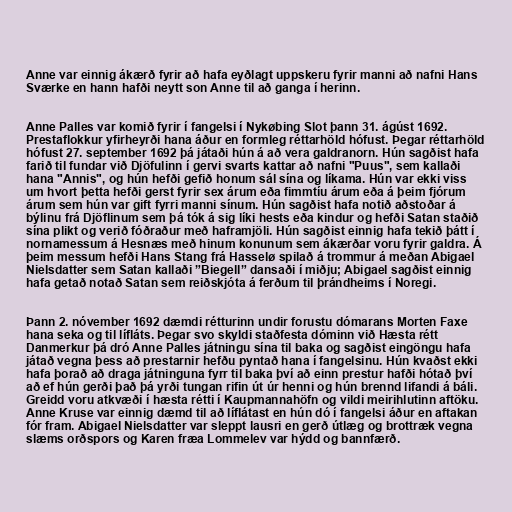
Anne var einnig ákærð fyrir að hafa eyðlagt uppskeru fyrir manni að nafni Hans
Sværke en hann hafði neytt son Anne til að ganga í herinn.

Anne Palles var komið fyrir í fangelsi í Nykøbing Slot þann 31. ágúst 1692.
Prestaflokkur yfirheyrði hana áður en formleg réttarhöld hófust. Þegar réttarhöld
hófust 27. september 1692 þá játaði hún á að vera galdranorn. Hún sagðist hafa
farið til fundar við Djöfulinn í gervi svarts kattar að nafni "Puus", sem kallaði
hana "Annis", og hún hefði gefið honum sál sína og líkama. Hún var ekki viss
um hvort þetta hefði gerst fyrir sex árum eða fimmtíu árum eða á þeim fjórum
árum sem hún var gift fyrri manni sínum. Hún sagðist hafa notið aðstoðar á
býlinu frá Djöflinum sem þá tók á sig líki hests eða kindur og hefði Satan staðið
sína plikt og verið fóðraður með haframjöli. Hún sagðist einnig hafa tekið þátt í
nornamessum á Hesnæs með hinum konunum sem ákærðar voru fyrir galdra. Á
þeim messum hefði Hans Stang frá Hasselø spilað á trommur á meðan Abigael
Nielsdatter sem Satan kallaði ”Biegell” dansaði í miðju; Abigael sagðist einnig
hafa getað notað Satan sem reiðskjóta á ferðum til þrándheims í Noregi.

Þann 2. nóvember 1692 dæmdi rétturinn undir forustu dómarans Morten Faxe
hana seka og til lífláts. Þegar svo skyldi staðfesta dóminn við Hæsta rétt
Danmerkur þá dró Anne Palles játningu sína til baka og sagðist eingöngu hafa
játað vegna þess að prestarnir hefðu pyntað hana í fangelsinu. Hún kvaðst ekki
hafa þorað að draga játninguna fyrr til baka því að einn prestur hafði hótað því
að ef hún gerði það þá yrði tungan rifin út úr henni og hún brennd lifandi á báli.
Greidd voru atkvæði í hæsta rétti í Kaupmannahöfn og vildi meirihlutinn aftöku.
Anne Kruse var einnig dæmd til að líflátast en hún dó í fangelsi áður en aftakan
fór fram. Abigael Nielsdatter var sleppt lausri en gerð útlæg og brottræk vegna
slæms orðspors og Karen fræa Lommelev var hýdd og bannfærð.